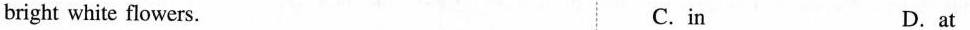
bright white flowers. C.in D.at